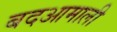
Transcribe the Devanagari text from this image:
बदआमाली